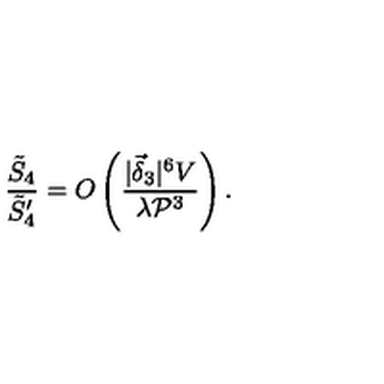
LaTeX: \frac { \tilde { S } _ { 4 } } { \tilde { S } _ { 4 } ^ { \prime } } = O \left( \frac { | \vec { \delta } _ { 3 } | ^ { 6 } V } { \lambda { \cal P } ^ { 3 } } \right) .